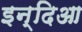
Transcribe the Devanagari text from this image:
इन्दिआ